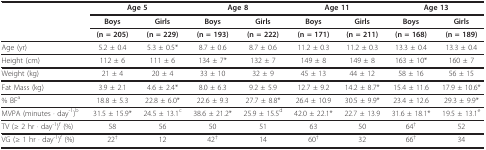
|  | <COLSPAN=2> Age 5 | <COLSPAN=2> Age 8 | <COLSPAN=2> Age 11 | <COLSPAN=2> Age 13 |
 |  | Boys | Girls | Boys | Girls | Boys | Girls | Boys | Girls |
 |  | (n = 205) | (n = 229) | (n = 193) | (n = 222) | (n = 171) | (n = 211) | (n = 168) | (n = 189) |
 | --- | --- | --- | --- | --- | --- | --- | --- | --- |
 | Age (yr) | 5.2 ± 0.4 | 5.3 ± 0.5* | 8.7 ± 0.6 | 8.7 ± 0.6 | 11.2 ± 0.3 | 11.2 ± 0.3 | 13.3 ± 0.4 | 13.3 ± 0.4 |
 | Height (cm) | 112 ± 6 | 111 ± 6 | 134 ± 7* | 132 ± 7 | 149 ± 8 | 149 ± 8 | 163 ± 10* | 160 ± 7 |
 | Weight (kg) | 21 ± 4 | 20 ± 4 | 33 ± 10 | 32 ± 9 | 45 ± 13 | 44 ± 12 | 58 ± 16 | 56 ± 15 |
 | Fat Mass (kg) | 3.9 ± 2.1 | 4.6 ± 2.4* | 8.0 ± 6.3 | 9.2 ± 5.9 | 12.7 ± 9.2 | 14.2 ± 8.7* | 15.4 ± 11.6 | 17.9 ± 10.6* |
 | % BFa | 18.8 ± 5.3 | 22.8 ± 6.0* | 22.6 ± 9.3 | 27.7 ± 8.8* | 26.4 ± 10.9 | 30.5 ± 9.9* | 23.4 ± 12.6 | 29.3 ± 9.9* |
 | MVPA (minutes · day-1)b | 31.5 ± 15.9* | 24.5 ± 13.1c | 38.6 ± 21.2* | 25.9 ± 15.5d | 42.0 ± 22.1* | 22.7 ± 13.9 | 31.6 ± 18.1* | 19.5 ± 13.1e |
 | TV (≥ 2 hr · day-1)f (%) | 58 | 56 | 50 | 51 | 63 | 50 | 64† | 52 |
 | VG (≥ 1 hr · day-1)f (%) | 22† | 12 | 42† | 14 | 60† | 32 | 66† | 34 |